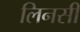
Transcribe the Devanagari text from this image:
लिनसी